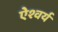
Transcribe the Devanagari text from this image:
ऐश्वर्य